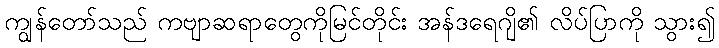
ကျွန်တော်သည် ကဗျာဆရာတွေကိုမြင်တိုင်း အန်ဒရေဂျိ၏ လိပ်ပြာကို သွား၍